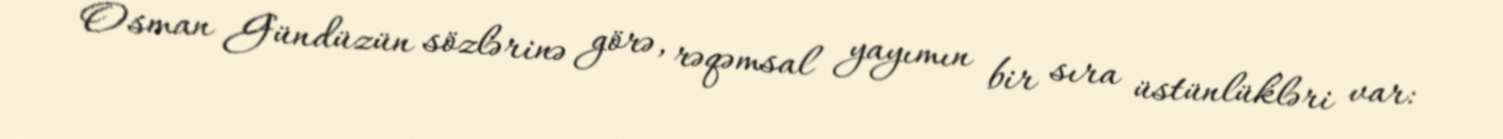
Osman Gündüzün sözlərinə görə, rəqəmsal yayımın bir sıra üstünlükləri var: